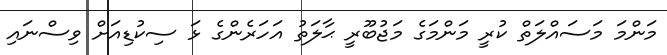
މަންމަ މަސައްލަތް ކުރީ މަންމަގެ މަޖުބޫރީ ޙާލަތު އަހަރެންގެ ޅަ ސިކުޑިއަށް ވިސްނައި